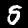
Label: 5